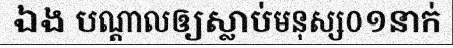
ឯង បណ្តាលឲ្យស្លាប់មនុស្ស០១នាក់